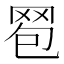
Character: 𦊠